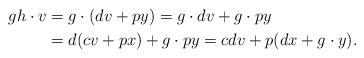
LaTeX: \begin{align*}g h \cdot v & = g \cdot (d v + p y) = g \cdot d v + g \cdot p y \\& = d (c v + p x) + g \cdot p y = c d v + p (d x + g \cdot y).\end{align*}